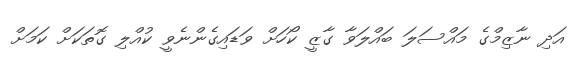
އަދި ނާޒިމްގެ މައްސަލަ ބައްލަވާ ގާޒީ ކޯހަށް ވަޑައިގެންނެވީ ކުއްލި ގޮތަކަށް ކަމަށް